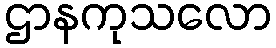
ဌာနကုသလော